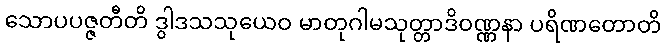
သောပပဇ္ဇတီတိ ဒွါဒသသုယေဝ မာတုဂါမသုတ္တာဒိဝဏ္ဏနာ ပရိဏတောတိ